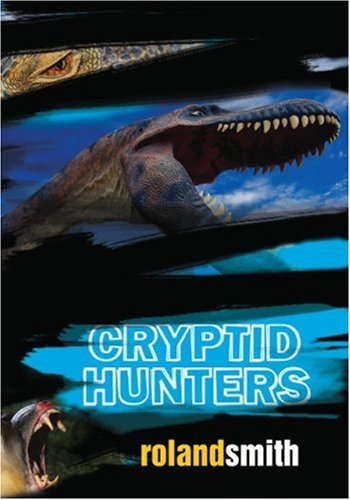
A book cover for Cryptid Hunters; Roland Smith; Children's Books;